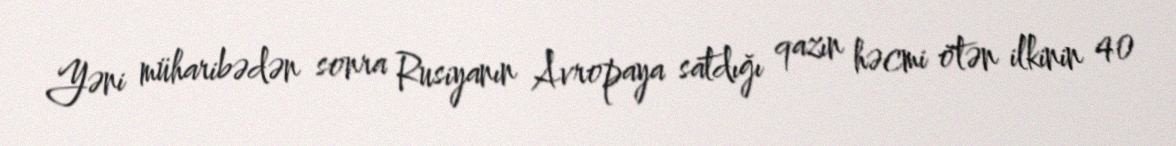
Yəni müharibədən sonra Rusiyanın Avropaya satdığı qazın həcmi ötən ilkinin 40